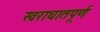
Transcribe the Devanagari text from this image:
स्वराघातपूर्ण